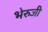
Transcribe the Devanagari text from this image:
भेरुजी